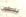
يلاحقون